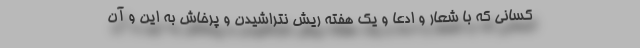
کسانی که با شعار و ادعا و یک هفته ریش نتراشیدن و پرخاش به این و آن